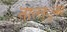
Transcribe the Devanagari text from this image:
ताल्ल्ुका